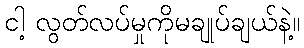
ငါ့ လွတ်လပ်မှုကိုမချုပ်ချယ်နဲ့။